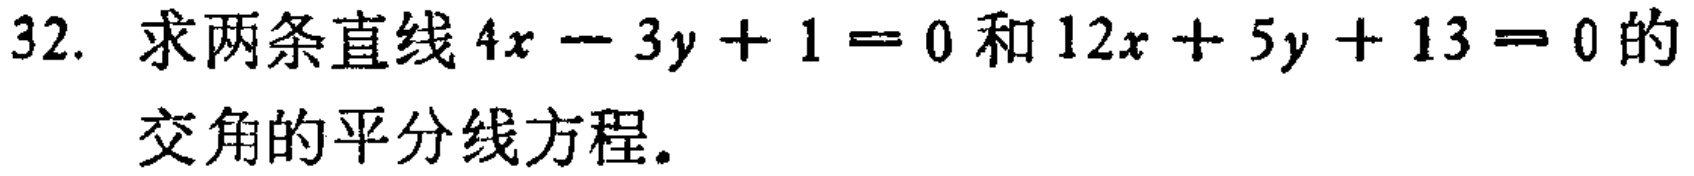
32. 求两条直线\(4x - 3y + 1 = 0\)和\(12x + 5y + 13 = 0\)的交角的平分线方程。